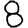
Digit: 8